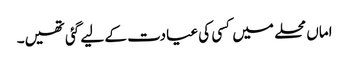
اماں محلے میں کسی کی عیادت کے لیے گئی تھیں۔